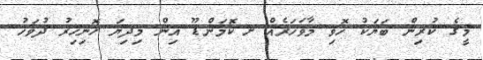
މީގެ ކުރިން ބަޔަކު ހޮވި މާވަހަރެއް ށ.ކޮމަންޑޫ އިން މިދިޔަ ހޮނިހިރު ދުވަހު